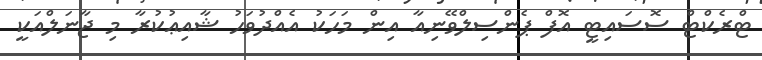
ޓްރެކްޓް ސޮސައިޓީ އޮފް ޕެންސިލްވޭނިއާ އިން މަހަކު އެއްދުވަހު ޝާއިޢުކުރާ މި ޖާނަލްއަކީ